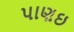
પાણઇ